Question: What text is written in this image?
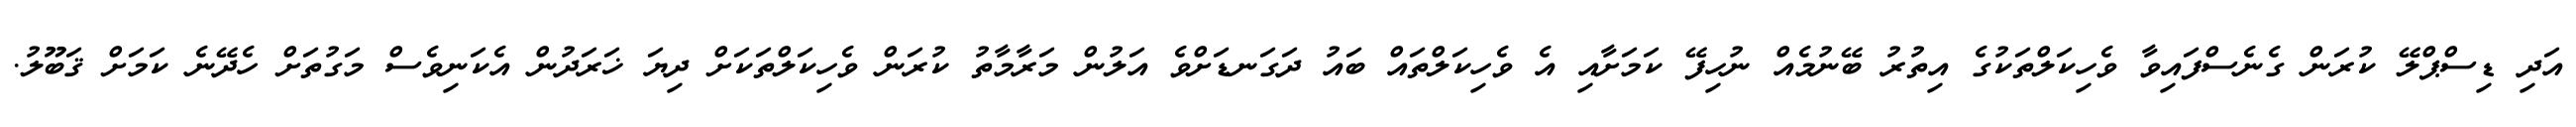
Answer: އަދި ޑިސްޕްލޭ ކުރަން ގެނެސްފައިވާ ވެހިކަލްތަކުގެ އިތުރު ބޭނުމެއް ނުހިފޭ ކަމަށާއި އެ ވެހިކަލްތައް ބައު ދަގަނޑަށްވެ އަލުން މަރާމާތު ކުރަން ވެހިކަލްތަކަށް ދިޔަ ޚަރަދުން އެކަނިވެސް މަގުތަށް ހެދޭނެ ކަމަށް ޤަބޫލު.